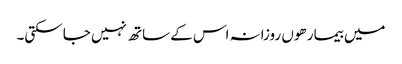
میں بیمار ھوں روزانہ اس کے ساتھ نہیں جا سکتی۔